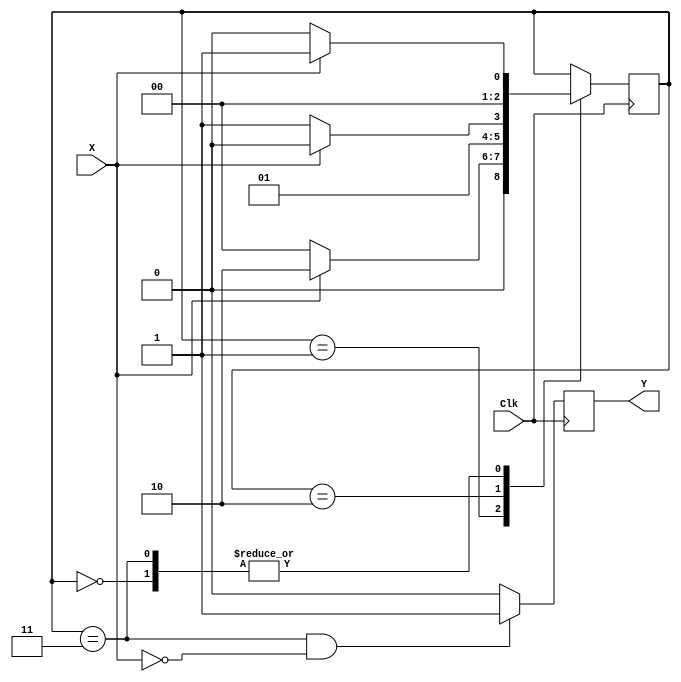
// Sankatmochan Bot : Task 1 C : FSM
/*
Instructions
-------------------
Students are not allowed to make any changes in the Module declaration.
This file is used to design a Finite State Machine to detect patter/sequence 1100

Recommended Quartus Version : 19.1
The submitted project file must be 19.1 compatible as the evaluation will be done on Quartus Prime Lite 19.1.

Warning: The error due to compatibility will not be entertained.
			Do not make any changes to Test_Bench_Vector.txt file. Violating will result into Disqualification.
-------------------
*/

//Finite State Machine design
//Inputs : Clock, X (Input Stream)
//Output : Y (Y = 1 when 1100 pattern/sequence is detected)

//////////////////DO NOT MAKE ANY CHANGES IN MODULE///////////////////////////////
module sequence_detector_fsm(
		input Clk,		//Clock input
		input X,			//Input Bitstream 
		output Y			//Output: Y = 1 when 1100 pattern/sequence is detected.	
);

////////////////////////WRITE YOUR CODE FROM HERE////////////////////

// using mealy finite state machine modelling 


parameter State0=0,
          State1=1,
			 State11=2,
			 State110=3;
//various States of the machine 		 
			 
reg[2:0] State,out; 

initial 
begin
State=State0;
end



always @(posedge Clk)
begin

//next value for State is decided based on 
//present value of state and input value X 

case(State)

State0:
begin
if(X)
State<=State1;
else
State<=State0;
end

State1:
begin
if(X)
State<=State11;
else
State<=State0;
end

State11:
begin
if(X)
State<=State11;
else
State<=State110;
end

State110:
begin
if(X)
State<=State1;
else
State<=State0;
end


endcase 

//output is 1 when present value of State is 110 and input X is 0 
//output is 0 in all other cases
out = ((State == State110) && !X )? 1:0;

end
	 
assign Y = out;

// Tip : Write your code such that Quartus Generates a State Machine 
//			(Tools > Netlist Viewers > State Machine Viewer).
// 		For doing so, you will have to properly declare State Variables of the
//       State Machine and also perform State Assignments correctly.  






	
///////////////////////YOUR CODE ENDS HERE////////////////////////////
endmodule
///////////////////////////////MODULE ENDS///////////////////////////